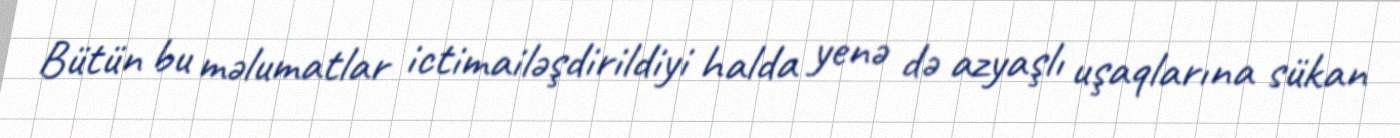
Bütün bu məlumatlar ictimailəşdirildiyi halda yenə də azyaşlı uşaqlarına sükan